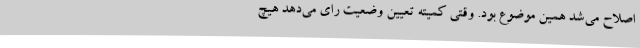
اصلاح می‌شد همین موضوع بود. وقتی کمیته تعیین وضعیت رای می‌دهد هیچ